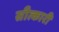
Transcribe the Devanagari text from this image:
सीत्कारी